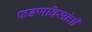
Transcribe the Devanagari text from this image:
फडणविसांची